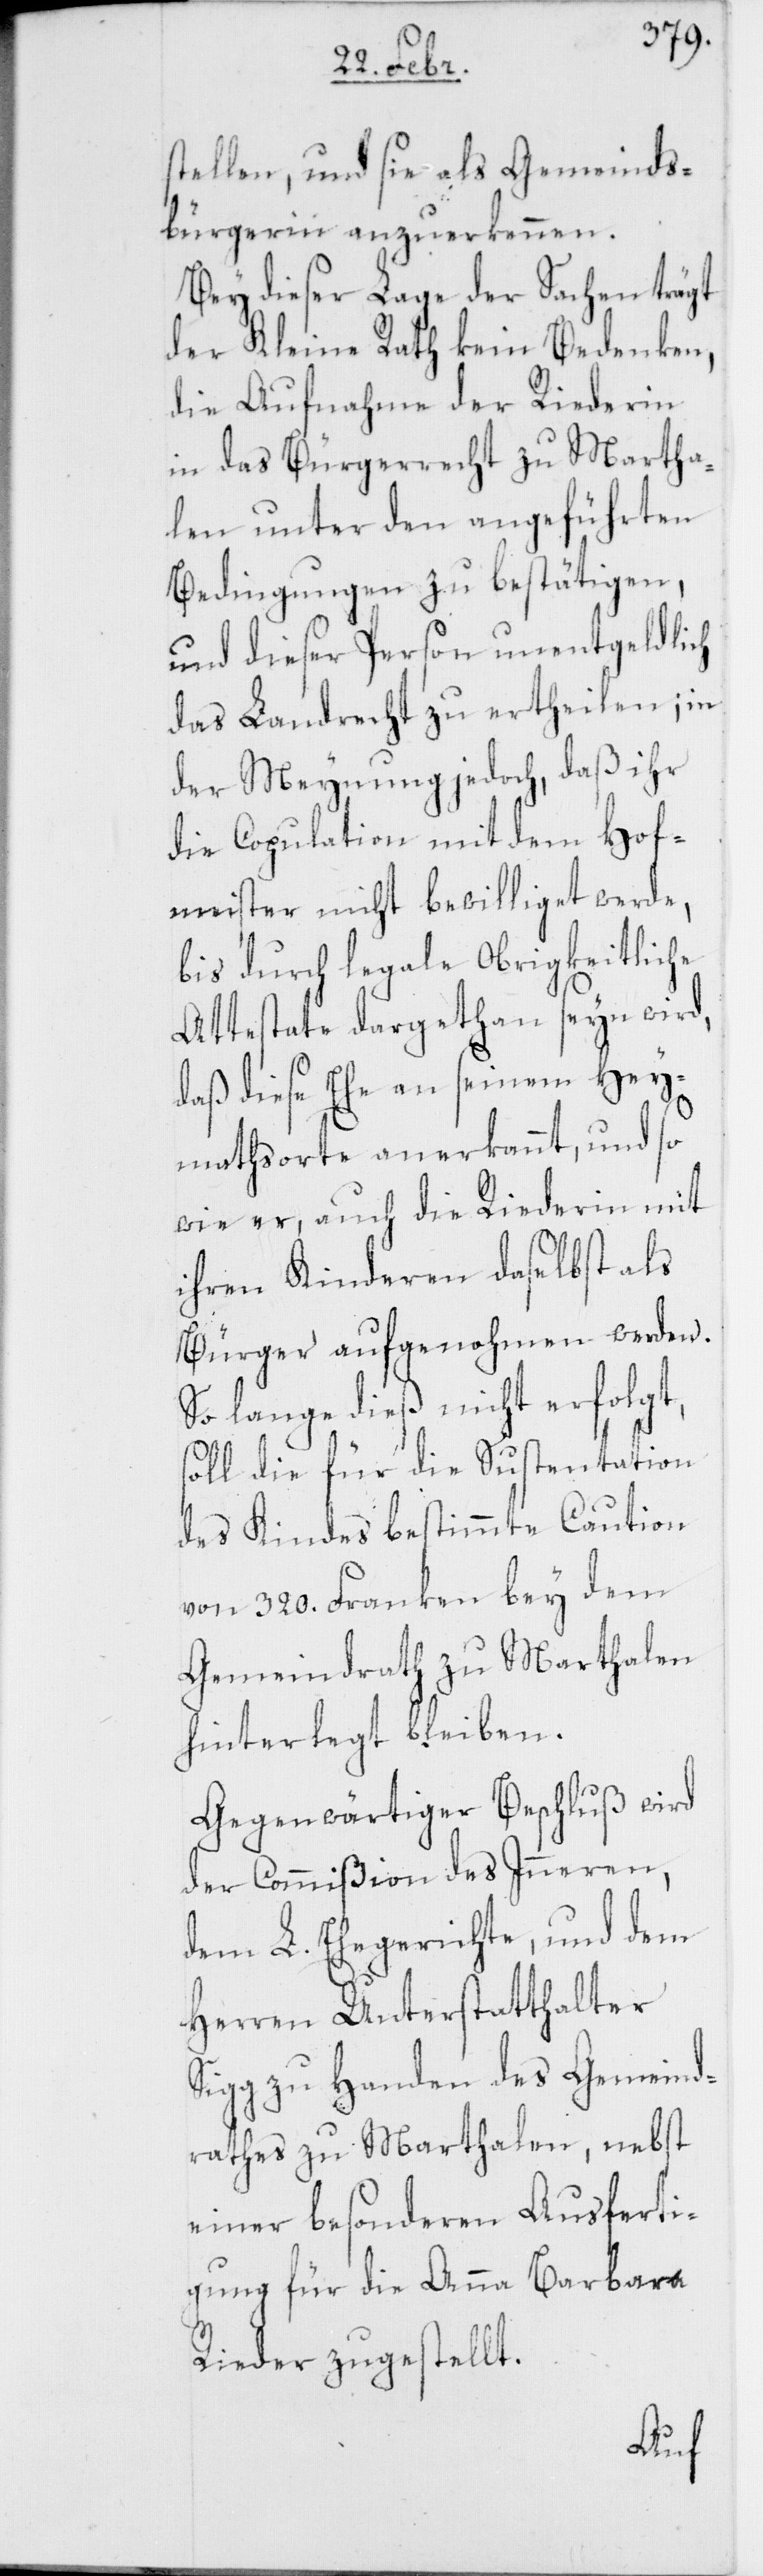
stellen, und sie als Gemeinds¬
bürgerin anzuerkennen.
Bey dieser Lage der Sachen trägt
der Kleine Rath kein Bedenken,
die Aufnahme der Riederin
in das Bürgerrecht zu Martha¬
len unter den angeführten
Bedingungen zu bestätigen,
und dieser Person unentgeldlich
das Landrecht zu ertheilen; in
der Meynung jedoch, daß ihr
die Copulation mit dem Hof¬
meister nicht bewilliget werde,
bis durch legale Obrigkeitliche
Attestate dargethan seyn wird,
daß diese Ehe an seinem Hey¬
mathsorte anerkannt, und so
wie er, auch die Riederin mit
ihren Kinderen daselbst als
Bürger aufgenohmen werden.
So lange dieß nicht erfolgt,
soll die für die Sustentation
des Kindes bestimmte Caution
von 320. Franken bey dem
Gemeindrath zu Marthalen
hinterlegt bleiben.
Gegenwärtiger Beschluß wird
der Commißion des Inneren,
dem L. Ehegerichte, und dem
Herren Unterstatthalter
Sigg zu Handen des Gemeind¬
rathes zu Marthalen, nebst
einer besonderen Ausferti¬
gung für die Anna Barbara
Rieder zugestellt.